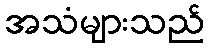
အသံများသည်